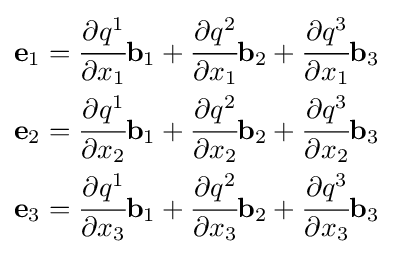
{\begin{aligned}\mathbf {e} _{1}&={\cfrac {\partial q^{1}}{\partial x_{1}}}\mathbf {b} _{1}+{\cfrac {\partial q^{2}}{\partial x_{1}}}\mathbf {b} _{2}+{\cfrac {\partial q^{3}}{\partial x_{1}}}\mathbf {b} _{3}\\\mathbf {e} _{2}&={\cfrac {\partial q^{1}}{\partial x_{2}}}\mathbf {b} _{1}+{\cfrac {\partial q^{2}}{\partial x_{2}}}\mathbf {b} _{2}+{\cfrac {\partial q^{3}}{\partial x_{2}}}\mathbf {b} _{3}\\\mathbf {e} _{3}&={\cfrac {\partial q^{1}}{\partial x_{3}}}\mathbf {b} _{1}+{\cfrac {\partial q^{2}}{\partial x_{3}}}\mathbf {b} _{2}+{\cfrac {\partial q^{3}}{\partial x_{3}}}\mathbf {b} _{3}\end{aligned}}